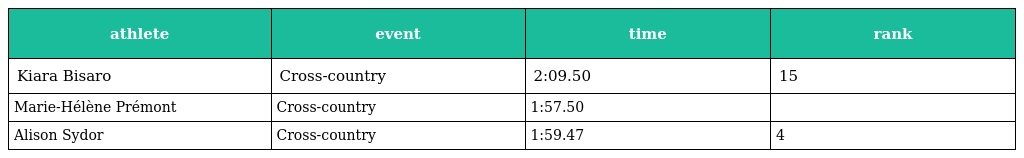
| athlete | event | time | rank |
 | --- | --- | --- | --- |
 | Kiara Bisaro | Cross-country | 2:09.50 | 15 |
 | Marie-Hélène Prémont | Cross-country | 1:57.50 |  |
 | Alison Sydor | Cross-country | 1:59.47 | 4 |